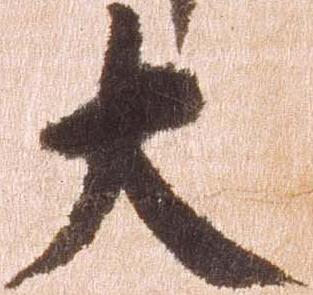
大